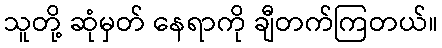
သူတို့ ဆုံမှတ် နေရာကို ချီတက်ကြတယ်။